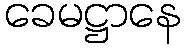
ခေမဋ္ဌာနေ